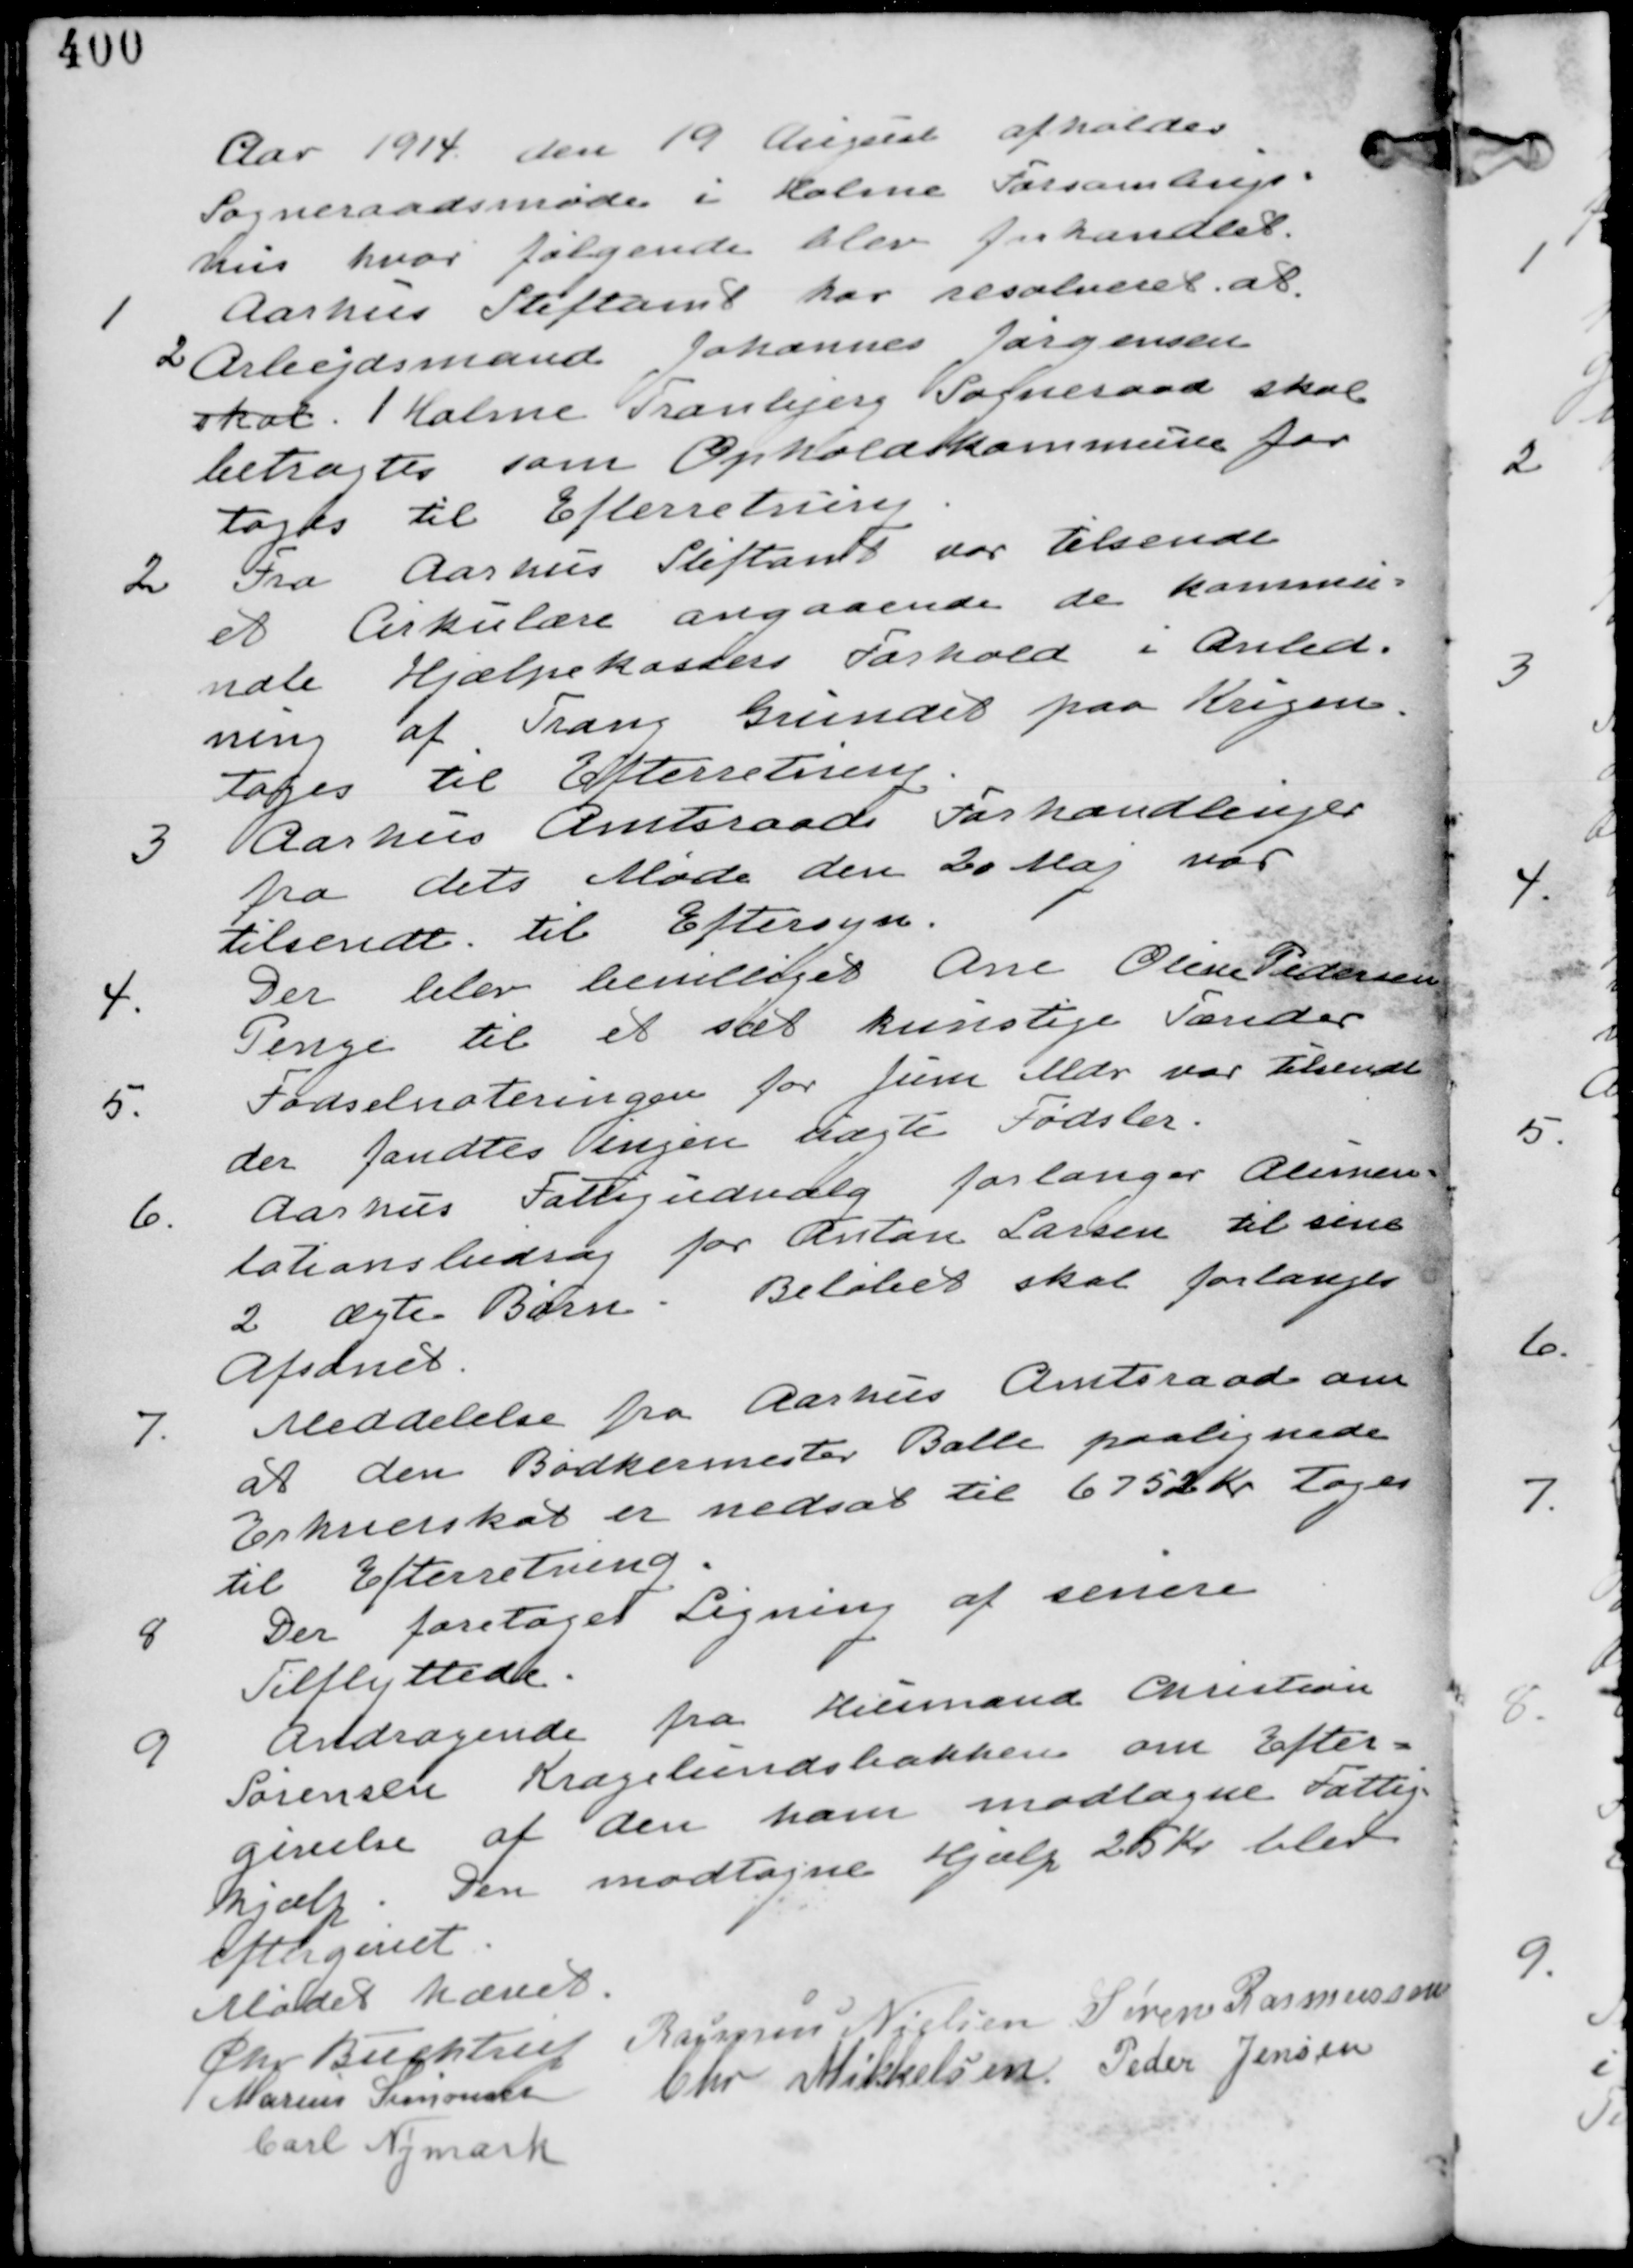
Transskription:
Aar 1914 den 19 August afholdes
Sogneraadsmøde i Holme Forsamlings-
hus hvor følgende blev forhandlet

1
Aarhus Stiftamt har resolveret at
2 Arbejdsmand Johannes Jørgensen
skal 1 Holme Tranbjerg Sogneraad skal
betragtes som Opholdskommune for
tages til Efterretning.

2 Fra Aarhus Stiftamt var tilsendt
et Cirkulære angaaende de kommu-
nale Hjælpekassers Forhold i Anled-
ning af Trang Grundet paa Krigen
tages til Efterretning

3. Aarhus Amtsraads Forhandlinger
fra dets Møde den 20 Maj var
tilsendt til Eftersyn.

4.
Der blev bevilliget Ane Oline Pedersen
Penge til et sæt kunstige Tænder

5.
Fødselsnoteringen for Juni Mdr var tilsendt
der fandtes ingen uægte Fødsler.

6. Aarhus Fattigudvalg forlanger Alimen-
tationsbidrag for Anton Larsen til sine
2 uægte Børn. Beløbet skal forlanges
Afsonet.

7.
Meddelelse fra Aarhus Amtsraad om
at den Bødkermester Balle paalignende
Erhvervskat er nedsat til 6752 Kr tages
til Efterretning.

8.
Der foretaget Ligning af senere
Tilflyttere

9
Andragende fra Husmand Christian
Sørensen Kragelundsbakken om Efter-
givelse af den ham modtagne Fattig-
hjælp. Den modtagne Hjælp blev
Eftergivet.

Mødet hævet
Chr Buchtrup Rasmus Nielsen Søren Rasmussen
Marius Simonsen Chr Mikkelsen Peder Jensen
Carl Nymark